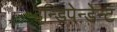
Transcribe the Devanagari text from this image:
इन्डिपेन्डेन्ट